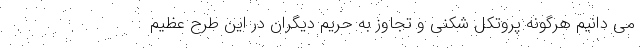
می دانیم هرگونه پروتکل شکنی و تجاوز به حریم دیگران در این طرح عظیم